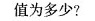
值为多少?